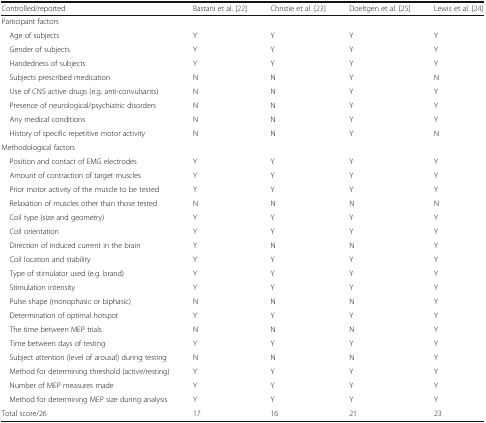
<table><thead><tr><td><b>Controlled/reported</b></td><td><b>Bastani et al. [22]</b></td><td><b>Christie et al. [23]</b></td><td><b>Doeltgen et al. [25]</b></td><td><b>Lewis et al. [24]</b></td></tr></thead><tbody><tr><td colspan="5">Participant factors</td></tr><tr><td> Age of subjects</td><td>Y</td><td>Y</td><td>Y</td><td>Y</td></tr><tr><td> Gender of subjects</td><td>Y</td><td>Y</td><td>Y</td><td>Y</td></tr><tr><td> Handedness of subjects</td><td>Y</td><td>Y</td><td>Y</td><td>Y</td></tr><tr><td> Subjects prescribed medication</td><td>N</td><td>N</td><td>Y</td><td>N</td></tr><tr><td> Use of CNS active drugs (e.g. anti-convulsants)</td><td>N</td><td>N</td><td>Y</td><td>Y</td></tr><tr><td> Presence of neurological/psychiatric disorders</td><td>N</td><td>N</td><td>Y</td><td>Y</td></tr><tr><td> Any medical conditions</td><td>N</td><td>N</td><td>Y</td><td>Y</td></tr><tr><td> History of specific repetitive motor activity</td><td>N</td><td>N</td><td>Y</td><td>N</td></tr><tr><td colspan="5">Methodological factors</td></tr><tr><td> Position and contact of EMG electrodes</td><td>Y</td><td>Y</td><td>Y</td><td>Y</td></tr><tr><td> Amount of contraction of target muscles</td><td>Y</td><td>Y</td><td>Y</td><td>Y</td></tr><tr><td> Prior motor activity of the muscle to be tested</td><td>Y</td><td>Y</td><td>Y</td><td>Y</td></tr><tr><td> Relaxation of muscles other than those tested</td><td>N</td><td>N</td><td>N</td><td>N</td></tr><tr><td> Coil type (size and geometry)</td><td>Y</td><td>Y</td><td>Y</td><td>Y</td></tr><tr><td> Coil orientation</td><td>Y</td><td>Y</td><td>Y</td><td>Y</td></tr><tr><td> Direction of induced current in the brain</td><td>Y</td><td>N</td><td>N</td><td>Y</td></tr><tr><td> Coil location and stability</td><td>Y</td><td>Y</td><td>Y</td><td>Y</td></tr><tr><td> Type of stimulator used (e.g. brand)</td><td>Y</td><td>Y</td><td>Y</td><td>Y</td></tr><tr><td> Stimulation intensity</td><td>Y</td><td>Y</td><td>Y</td><td>Y</td></tr><tr><td> Pulse shape (monophasic or biphasic)</td><td>N</td><td>N</td><td>N</td><td>Y</td></tr><tr><td> Determination of optimal hotspot</td><td>Y</td><td>Y</td><td>Y</td><td>Y</td></tr><tr><td> The time between MEP trials</td><td>N</td><td>N</td><td>N</td><td>Y</td></tr><tr><td> Time between days of testing</td><td>Y</td><td>Y</td><td>Y</td><td>Y</td></tr><tr><td> Subject attention (level of arousal) during testing</td><td>N</td><td>N</td><td>N</td><td>Y</td></tr><tr><td> Method for determining threshold (active/resting)</td><td>Y</td><td>Y</td><td>Y</td><td>Y</td></tr><tr><td> Number of MEP measures made</td><td>Y</td><td>Y</td><td>Y</td><td>Y</td></tr><tr><td> Method for determining MEP size during analysis</td><td>Y</td><td>Y</td><td>Y</td><td>Y</td></tr><tr><td>Total score/26</td><td>17</td><td>16</td><td>21</td><td>23</td></tr></tbody></table>